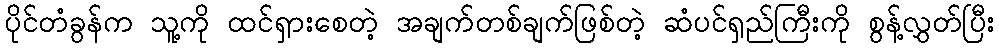
ပိုင်တံခွန်က သူ့ကို ထင်ရှားစေတဲ့ အချက်တစ်ချက်ဖြစ်တဲ့ ဆံပင်ရှည်ကြီးကို စွန့်လွှတ်ပြီး